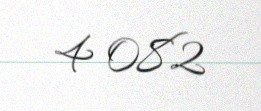
4 082